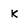
Character: K